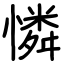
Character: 憐